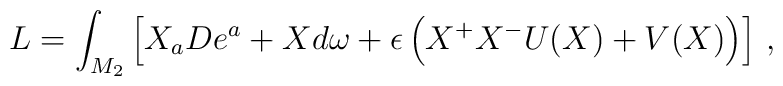
\hspace*{-0.8truecm}L = \int_{M_2} \left[ X_a De^a + X d\omega + \epsilon \left(X^+X^-U(X)+V(X)\right) \right]\,,